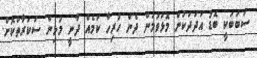
ސަބަބަކީ ބޮޑު އަދަދަކުން މޮޅުވުމުން ދެން ހުރިހާ ކަމެއް ދާނީ މުޅިން ސަކަރާތްކޮށް.